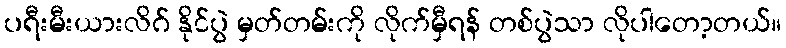
ပရီးမီးယားလိဂ် နိုင်ပွဲ မှတ်တမ်းကို လိုက်မှီရန် တစ်ပွဲသာ လိုပါတော့တယ်။